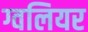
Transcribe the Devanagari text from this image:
ग्वलियर